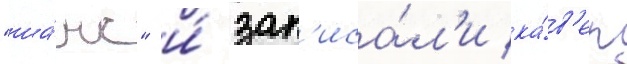
"ша́нс" и́ зап'иса́л'и ка́в'ер